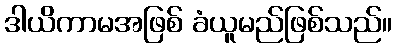
ဒါယိကာမအဖြစ် ခံယူမည်ဖြစ်သည်။